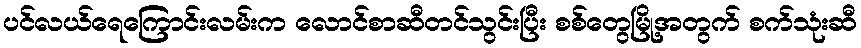
ပင်လယ်ရေကြောင်းလမ်းက လောင်စာဆီတင်သွင်းပြီး စစ်တွေမြို့အတွက် စက်သုံးဆီ